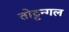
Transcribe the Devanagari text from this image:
तोट्टन्गल